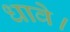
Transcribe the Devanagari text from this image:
धावे।